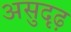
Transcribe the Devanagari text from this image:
असुदृढ़